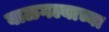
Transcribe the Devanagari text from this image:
बाळगल्याच्या